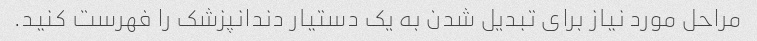
مراحل مورد نیاز برای تبدیل شدن به یک دستیار دندانپزشک را فهرست کنید.